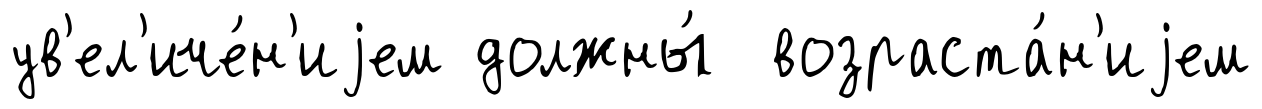
ув'ел'иче́н'иjем должны́ возраста́н'иjем